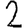
Digit: 2